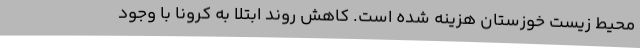
محیط زیست خوزستان هزینه شده است. کاهش روند ابتلا به کرونا با وجود